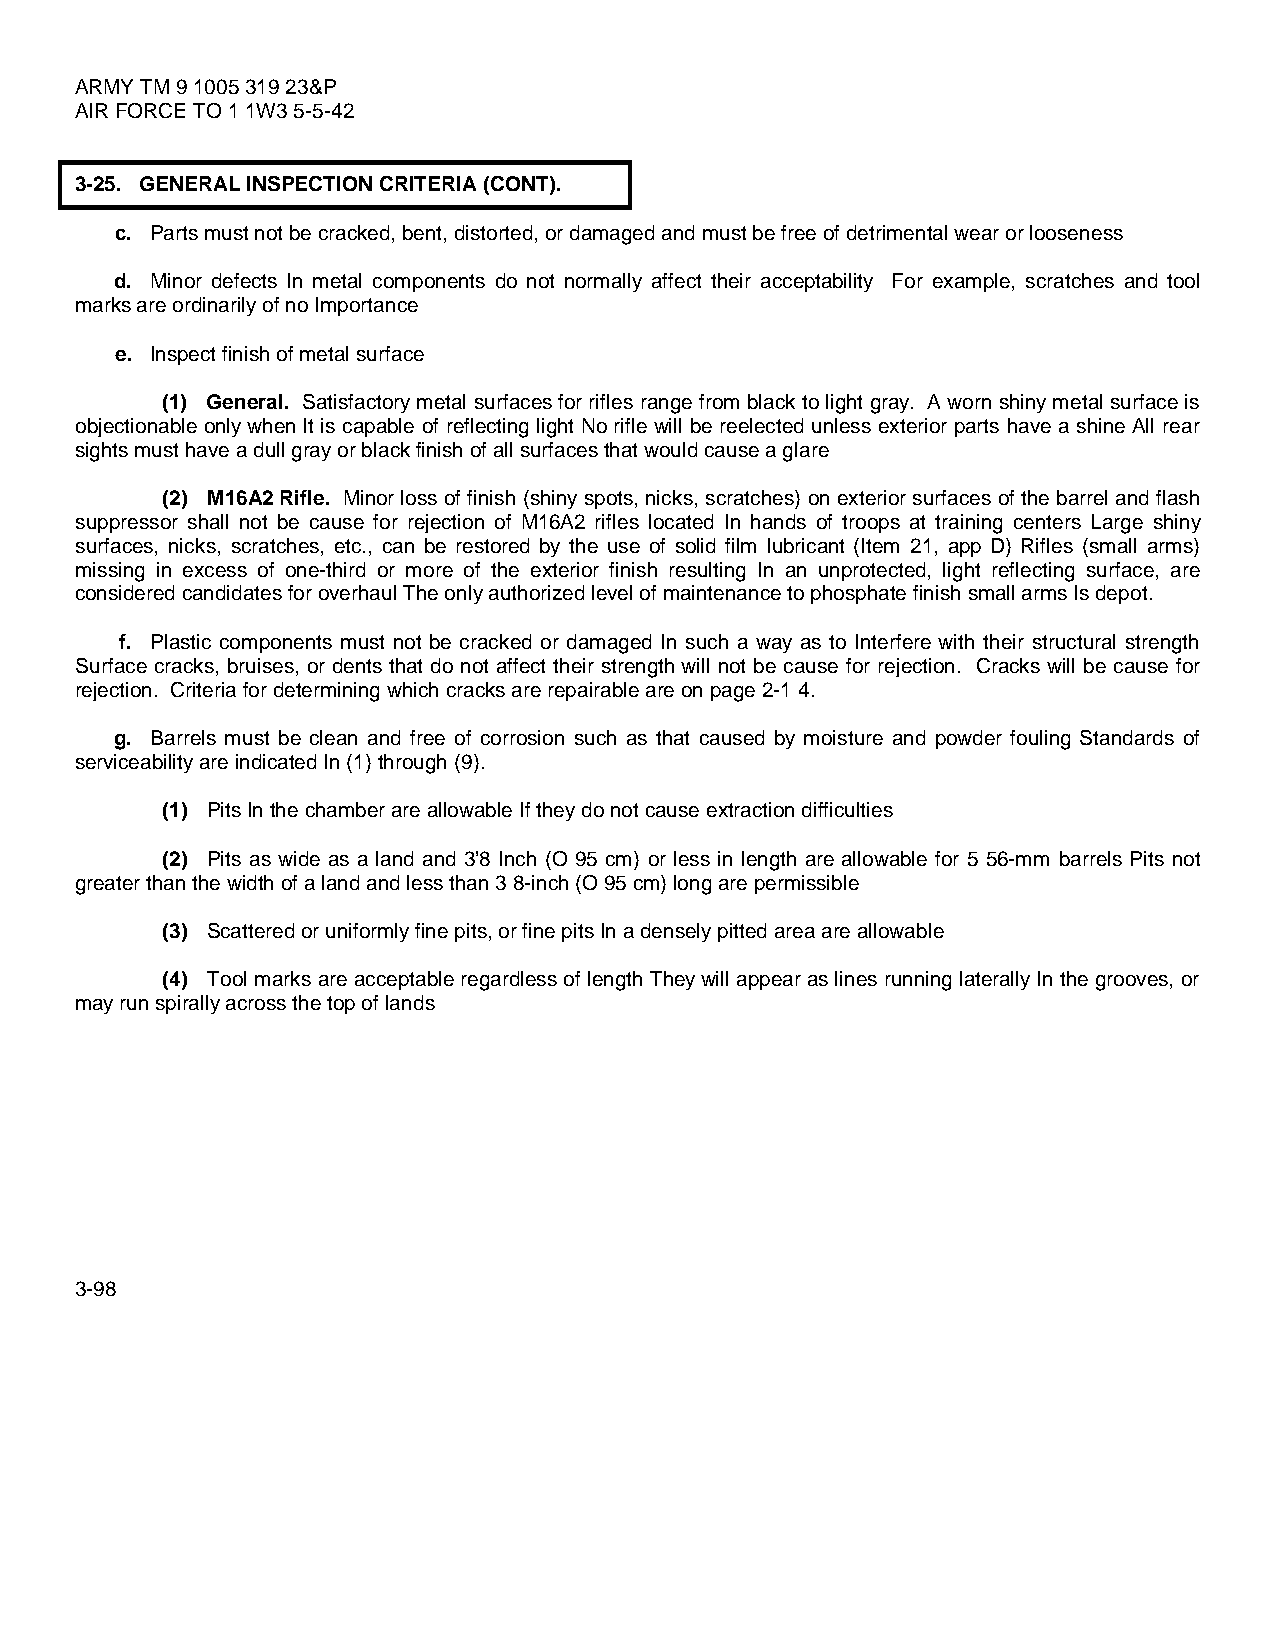
ARMY TM 9 1005 319 23&P
 AIR FORCE TO 1 1W3 5-5-42
 3-25. GENERAL INSPECTION CRITERIA (CONT).
 c. Parts must not be cracked, bent, distorted, or damaged and must be free of detrimental wear or looseness
 d. Minor defects In metal components do not normally affect their acceptability For example, scratches and tool
 marks are ordinarily of no Importance
 e. Inspect finish of metal surface
 (1) General. Satisfactory metal surfaces for rifles range from black to light gray. A worn shiny metal surface is
 objectionable only when It is capable of reflecting light No rifle will be reelected unless exterior parts have a shine All rear
 sights must have a dull gray or black finish of all surfaces that would cause a glare
 (2) M16A2 Rifle. Minor loss of finish (shiny spots, nicks, scratches) on exterior surfaces of the barrel and flash
 suppressor shall not be cause for rejection of M16A2 rifles located In hands of troops at training centers Large shiny
 surfaces, nicks, scratches, etc., can be restored by the use of solid film lubricant (Item 21, app D) Rifles (small arms)
 missing in excess of one-third or more of the exterior finish resulting In an unprotected, light reflecting surface, are
 considered candidates for overhaul The only authorized level of maintenance to phosphate finish small arms Is depot.
 f. Plastic components must not be cracked or damaged In such a way as to Interfere with their structural strength
 Surface cracks, bruises, or dents that do not affect their strength will not be cause for rejection. Cracks will be cause for
 rejection. Criteria for determining which cracks are repairable are on page 2-1 4.
 g. Barrels must be clean and free of corrosion such as that caused by moisture and powder fouling Standards of
 serviceability are indicated In (1) through (9).
 (1) Pits In the chamber are allowable If they do not cause extraction difficulties
 (2) Pits as wide as a land and 3’8 Inch (O 95 cm) or less in length are allowable for 5 56-mm barrels Pits not
 greater than the width of a land and less than 3 8-inch (O 95 cm) long are permissible
 (3) Scattered or uniformly fine pits, or fine pits In a densely pitted area are allowable
 (4) Tool marks are acceptable regardless of length They will appear as lines running laterally In the grooves, or
 may run spirally across the top of lands
 3-98